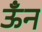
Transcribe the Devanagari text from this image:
ऊँन